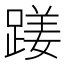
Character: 𨃇